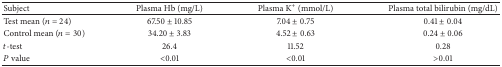
<table><thead><tr><td><b>Subject</b></td><td><b>Plasma Hb (mg/L)</b></td><td><b>Plasma K<sup>+</sup> (mmol/L)</b></td><td><b>Plasma total bilirubin (mg/dL)</b></td></tr></thead><tbody><tr><td>Test mean (<i>n</i> = 24)</td><td>67.50 ± 10.85</td><td>7.04 ± 0.75</td><td>0.41 ± 0.04</td></tr><tr><td>Control mean (<i>n</i> = 30)</td><td>34.20 ± 3.83</td><td>4.52 ± 0.63</td><td>0.24 ± 0.06</td></tr><tr><td><i>t</i>-test</td><td>26.4</td><td>11.52</td><td>0.28</td></tr><tr><td><i>P</i> value</td><td>&lt;0.01</td><td>&lt;0.01</td><td>&gt;0.01</td></tr></tbody></table>